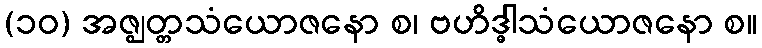
(၁၀) အဇ္ဈတ္တသံယောဇနော စ၊ ဗဟိဒ္ဓါသံယောဇနော စ။